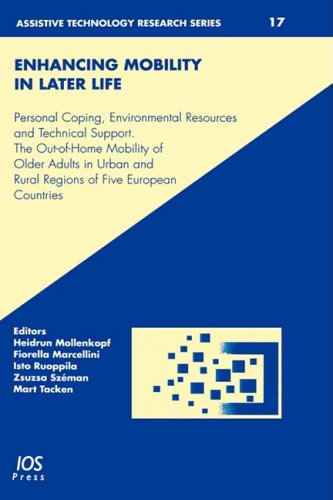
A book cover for Enhancing Mobility in Later Life (Assistive Technology Research Series); H. Mollenkopf; Medical Books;